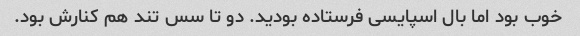
خوب بود اما بال اسپایسی فرستاده بودید. دو تا سس تند هم کنارش بود.